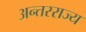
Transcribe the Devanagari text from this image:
अन्तरराज्य